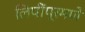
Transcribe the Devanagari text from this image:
लिपींप्रमणे